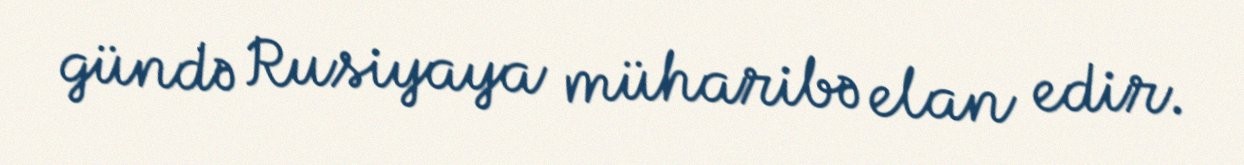
gündə Rusiyaya müharibə elan edir.